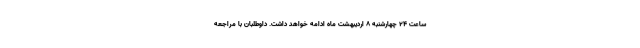
ساعت ۲۴ چهارشنبه ۸ اردیبهشت ماه ادامه خواهد داشت. داوطلبان با مراجعه